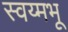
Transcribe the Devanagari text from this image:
स्वय्मभू